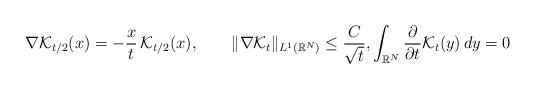
LaTeX: \begin{align*}\nabla \mathcal{K}_{t/2}(x)=-\frac{x}{t}\,\mathcal{K}_{t/2}(x),\qquad\|\nabla \mathcal{K}_t\|_{L^1(\mathbb{R}^N)}\le \frac{C}{\sqrt{t}},\int_{\mathbb{R}^N} \frac{\partial}{\partial t} \mathcal{K}_{t}(y)\,dy=0\end{align*}